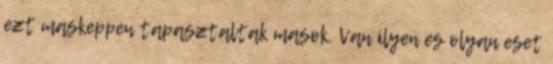
ezt maskeppen tapasztaltak masok. Van ilyen es olyan eset